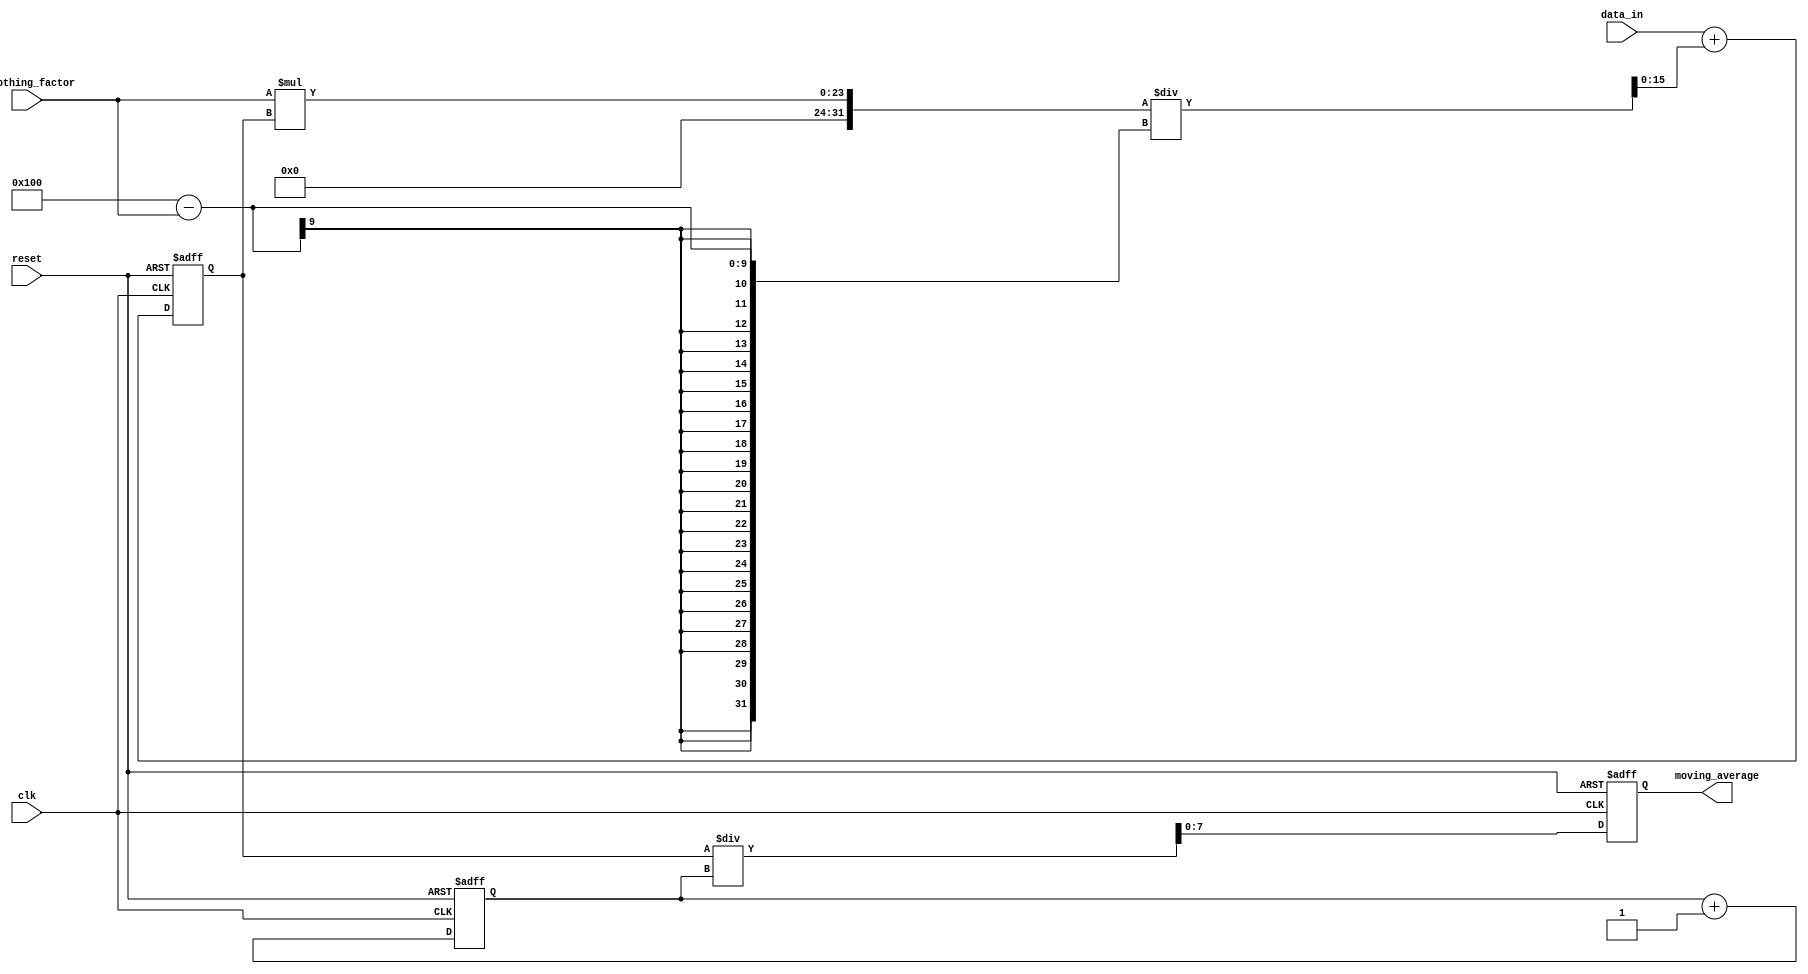
module exp_mov_avg_accumulator(
    input wire clk,
    input wire reset,
    input wire [7:0] data_in,
    input wire [7:0] smoothing_factor,
    output reg [7:0] moving_average
);

reg [15:0] sum;
reg [7:0] count;

always @(posedge clk or posedge reset) begin
    if (reset) begin
        sum <= 0;
        count <= 0;
        moving_average <= 0;
    end else begin
        sum <= data_in + (smoothing_factor * sum) / (256-smoothing_factor);
        count <= count + 1;
        moving_average <= sum / count;
    end
end

endmodule